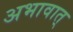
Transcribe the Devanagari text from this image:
अभावात्